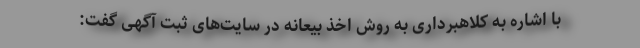
با اشاره به کلاهبرداری به روش اخذ بیعانه در سایت‌های ثبت آگهی گفت: